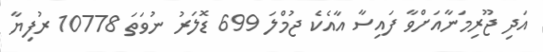
އަދި ޖޫރިމަނާއަށްވާ ފައިސާ އާއެކެ ޖުމްލަ 699 ޑޮލަރު ނުވަތަ 10778 ރުފިޔާ